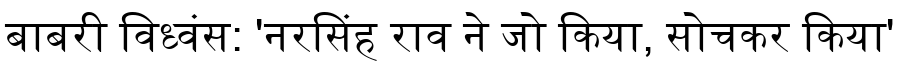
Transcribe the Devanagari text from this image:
बाबरी विध्वंस: 'नरसिंह राव ने जो किया, सोचकर किया'